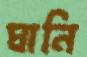
ঘানি